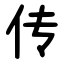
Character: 传